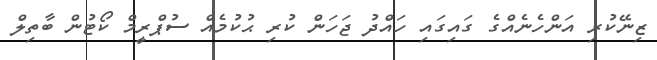
ޒިނޭކުރި އަންހެނެއްގެ ގައިގައި ހައްދު ޖަހަން ކުރި ޙުކުމެއް ސުޕްރީމް ކޯޓުން ބާތިލް